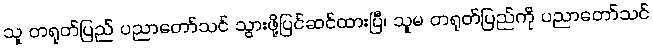
သူ တရုတ်ပြည် ပညာတော်သင် သွားဖို့ပြင်ဆင်ထားပြီ၊ သူမ တရုတ်ပြည်ကို ပညာတော်သင်